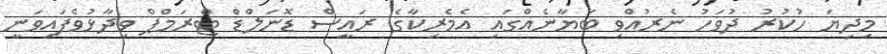
މިދިޔަ ހުކުރު ދުވަހު ނެރުއްވި ބަޔާނެއްގައި އެމެރިކާގެ ރައީސް ޑޮނަލްޑް ޓްރަމްޕް ވިދާޅުވެފައިވަނީ